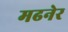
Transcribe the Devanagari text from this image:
मढनेर